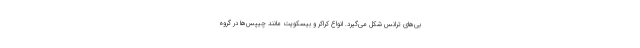
بی‌های ترانس شکل می‌گیرد. انواع کراکر و بیسکویت مانند چیپس‌ها در گروه